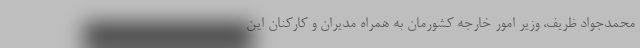
محمدجواد ظریف، وزیر امور خارجه کشورمان به همراه مدیران و کارکنان این